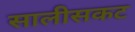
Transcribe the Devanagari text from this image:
सालीसकट